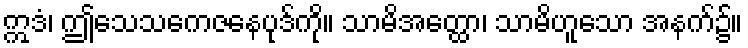
ဣဒံ၊ ဤသေသကေဇနေပုဒ်ကို။ သာမိအတ္ထော၊ သာမိဟူသော အနက်၌။